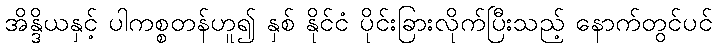
အိန္ဒိယနှင့် ပါကစ္စတန်ဟူ၍ နှစ် နိုင်ငံ ပိုင်းခြားလိုက်ပြီးသည့် နောက်တွင်ပင်